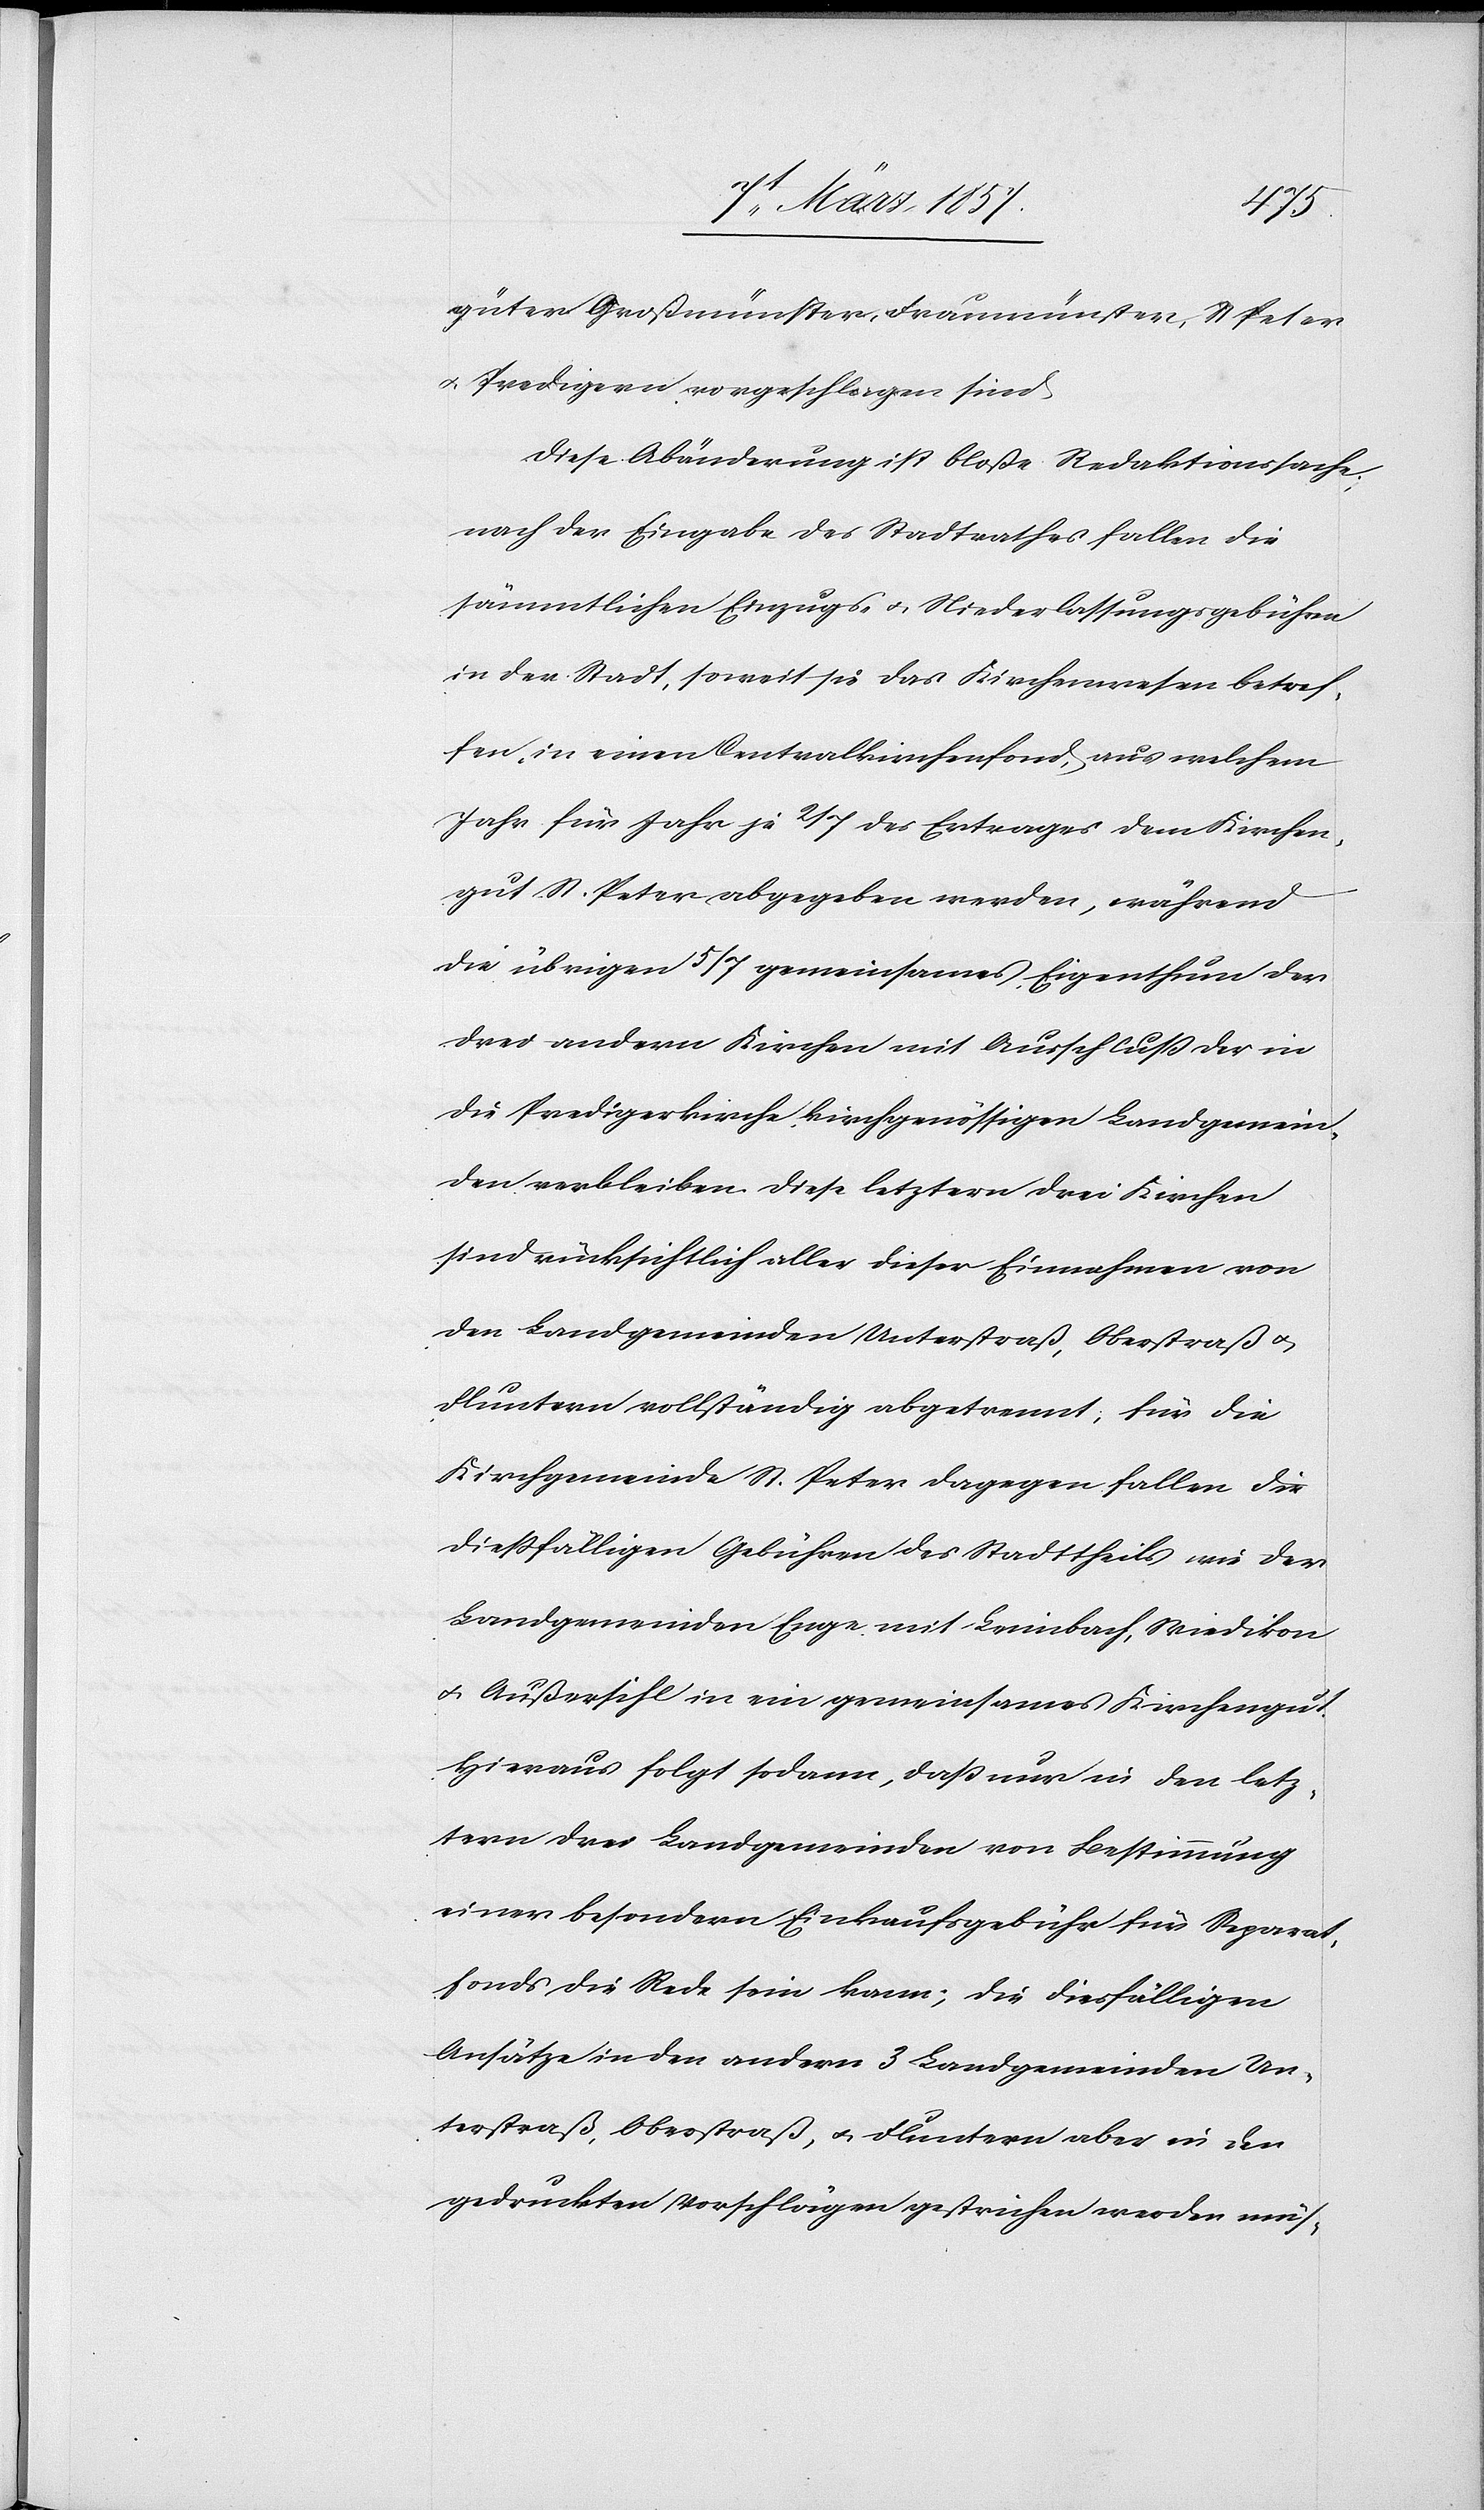
güter Großmünster, Fraumünster, St. Peter
u. Predigern vorgeschlagen sind.
Diese Abänderung ist bloße Redaktionssache,
nach der Eingabe des Stadtrathes fallen die
sämmtlichen Einzugs- u. Niederlassungsgebühren
in der Stadt, soweit sie das Kirchenwesen betref¬
fen, in einen Centralkirchenfond, aus welchem
Jahr für Jahr je 2/7 des Ertrages dem Kirchen¬
gut St. Peter abgegeben werden, während
die übrigen 5/7 gemeinsames Eigenthum der
drei andern Kirchen mit Ausschluß der in
die Predigerkirche kirchgenössigen Landgemein¬
den verbleiben. Diese letztern drei Kirchen
sind rücksichtlich aller dieser Einnahmen von
den Landgemeinden Unterstraß, Oberstraß u.
Fluntern vollständig abgetrennt; für die
Kirchgemeinde St. Peter dagegen fallen die
diessfälligen Gebühren des Stadttheils wie der
Landgemeinden Enge mit Leimbach, Wiedikon
u. Außersihl in ein gemeinsames Kirchengut.
Hieraus folgt sodann, daß nur in den letz¬
tern drei Landgemeinden von Bestimmung
einer besondern Einkaufsgebühr für Separat¬
fonds die Rede sein kann; die diesfälligen
Ansätze in den andern 3 Landgemeinden Un¬
terstraß, Oberstraß, u. Fluntern aber in den
gedruckten Vorschlägen gestrichen werden müs-